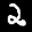
Label: 2